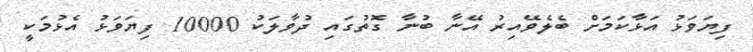
ފިޔަވަޅު އަޅާކަމަށް ބެލެވޭއިރު އޭނާ ބުނާ ގޮތުގައި ދުވާލަކު 10000 ފިޔަވަޅު އެޅުމަކީ